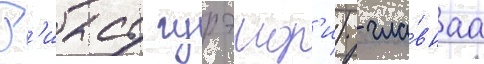
Р'иасу гурэмор'и) - гла́внаа